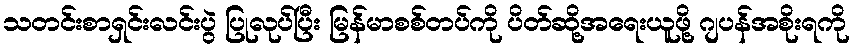
သတင်းစာရှင်းလင်းပွဲ ပြုလုပ်ပြီး မြန်မာစစ်တပ်ကို ပိတ်ဆို့အရေးယူဖို့ ဂျပန်အစိုးရကို